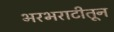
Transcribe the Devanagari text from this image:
भरभराटीतून